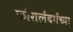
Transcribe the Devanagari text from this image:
फोरार्लबर्गच्या